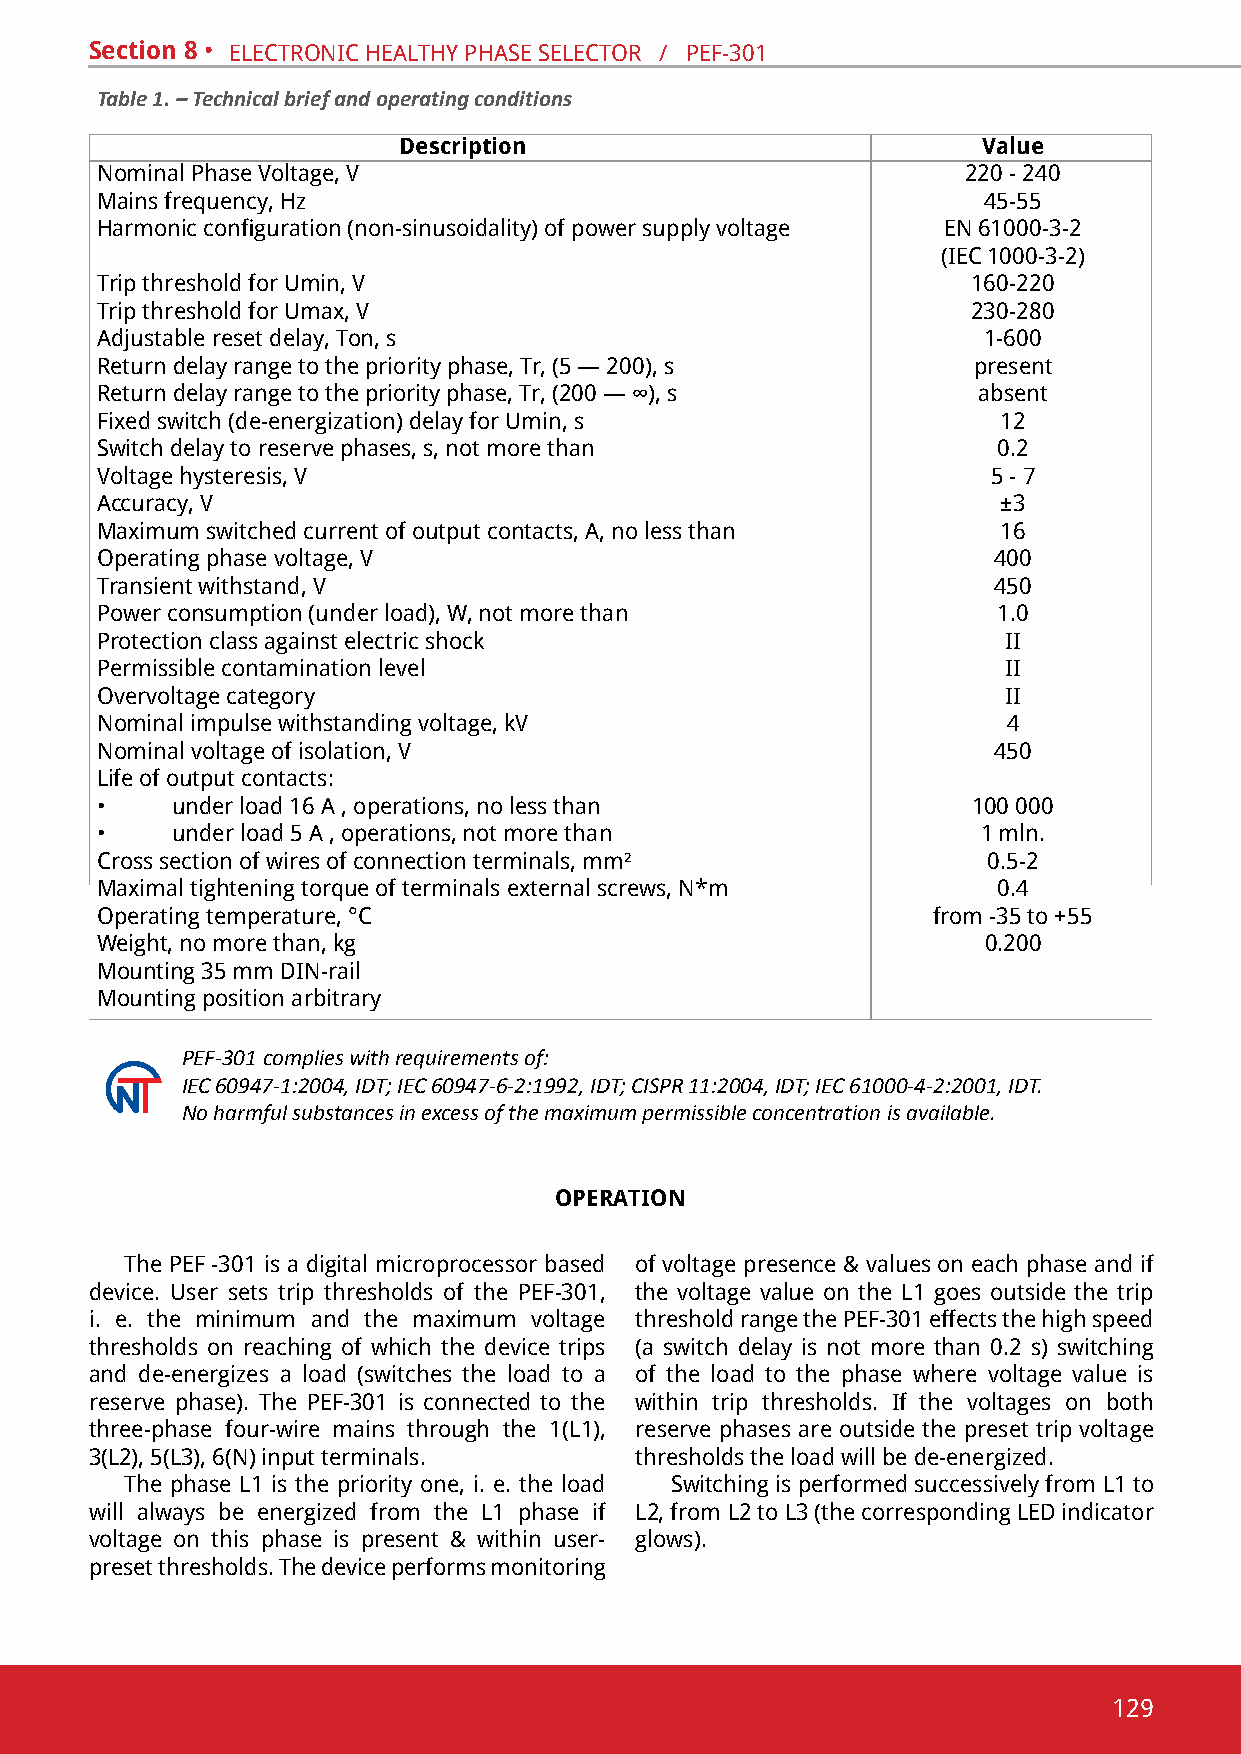
Section 8 • electRonic healthY phase selectoR / pef-301
 Table 1. – Technical brief and operating conditions
 Description                            Value
 nominal phase voltage, v                                  220 - 240
 mains frequency, hz                                        45-55
 Harmonic configuration (non-sinusoidality) of power supply voltage en 61000-3-2
 (iec 1000-3-2)
 trip threshold for umin, v                                160-220
 Trip threshold for Umax, V                                230-280
 adjustable reset delay, ton, s                             1-600
 Return delay range to the priority phase, tr, (5 — 200), s present
 Return delay range to the priority phase, Tr, (200 — ∞), s absent
 Fixed switch (de-energization) delay for Umin, s            12
 switch delay to reserve phases, s, not more than            0.2
 voltage hysteresis, v                                       5 - 7
 accuracy, v                                                 ±3
 Maximum switched current of output contacts, А, no less than 16
 operating phase voltage, v                                  400
 transient withstand, v                                      450
 power consumption (under load), W, not more than            1.0
 protection class against electric shock                      ii
 permissible contamination level                              ii
 overvoltage category                                         ii
 nominal impulse withstanding voltage, kv                     4
 nominal voltage of isolation, v                             450
 life of output contacts:
 •    under load 16 A , operations, no less than           100 000
 •    under load 5 A , operations, not more than            1 mln.
 cross section of wires of connection terminals, mm²        0.5-2
 Maximal tightening torque of terminals external screws, N*m 0.4
 operating temperature, °c                               from -35 to +55
 Weight, no more than, kg                                   0.200
 mounting 35 mm din-rail
 mounting position arbitrary
 PEF-301 complies with requirements of:
 IEC 60947-1:2004, ІDТ; ІEC 60947-6-2:1992, ІDT; CISPR 11:2004, IDT; IEC 61000-4-2:2001, IDT.
 No harmful substances in excess of the maximum permissible concentration is available.
 OPERATION
 the pef -301 is a digital microprocessor based of voltage presence & values on each phase and if
 device. user sets trip thresholds of the pef-301, the voltage value on the l1 goes outside the trip
 i. e. the minimum and the maximum voltage threshold range the pef-301 effects the high speed
 thresholds on reaching of which the device trips (a switch delay is not more than 0.2 s) switching
 and de-energizes a load (switches the load to a of the load to the phase where voltage value is
 reserve phase). the pef-301 is connected to the within trip thresholds. if the voltages on both
 three-phase four-wire mains through the 1(l1), reserve phases are outside the preset trip voltage
 3(l2), 5(l3), 6(n) input terminals. thresholds the load will be de-energized.
 the phase l1 is the priority one, i. e. the load switching is performed successively from l1 to
 will always be energized from the l1 phase if l2, from l2 to l3 (the corresponding led indicator
 voltage on this phase is present & within user- glows).
 preset thresholds. the device performs monitoring
 129